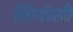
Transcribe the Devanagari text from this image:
शिनोली